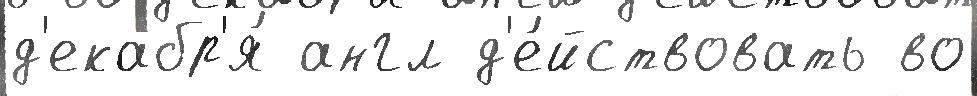
д'екабр'я́ англ д'е́йствовать во